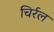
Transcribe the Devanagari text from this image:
चिर्रल